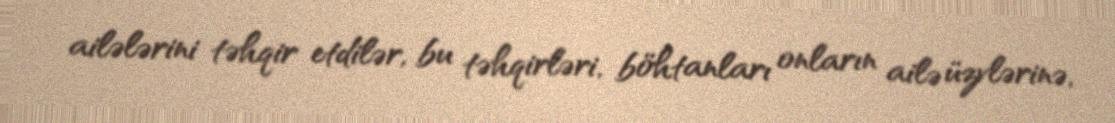
ailələrini təhqir etdilər, bu təhqirləri, böhtanları onların ailə üzvlərinə,